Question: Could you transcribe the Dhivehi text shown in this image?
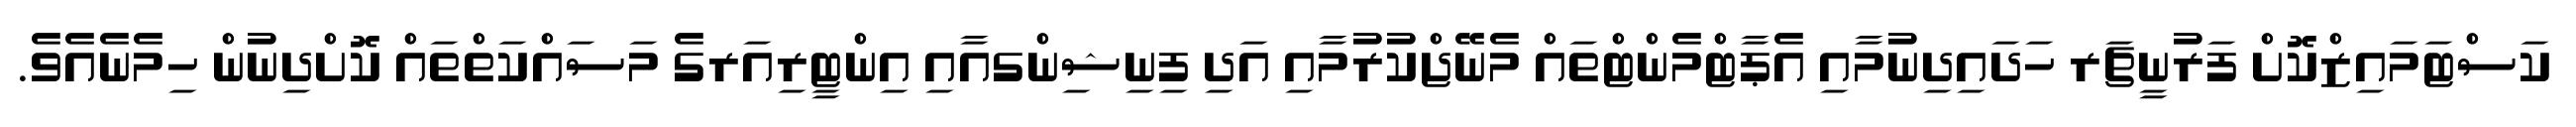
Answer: ކަސްޓަމައިޒްކޮށް ފަރުނީޗަރ ހަދައިދިނުމާއި އެޕާޓްމެންޓްތައް މެނޭޖްކުރުމާއި އަދި ފިނިޝިންގއާއި އިންޓީރިއަރގެ މަސައްކަތްތައް ކޮށްދިނުން ހިމެނެއެވެ.